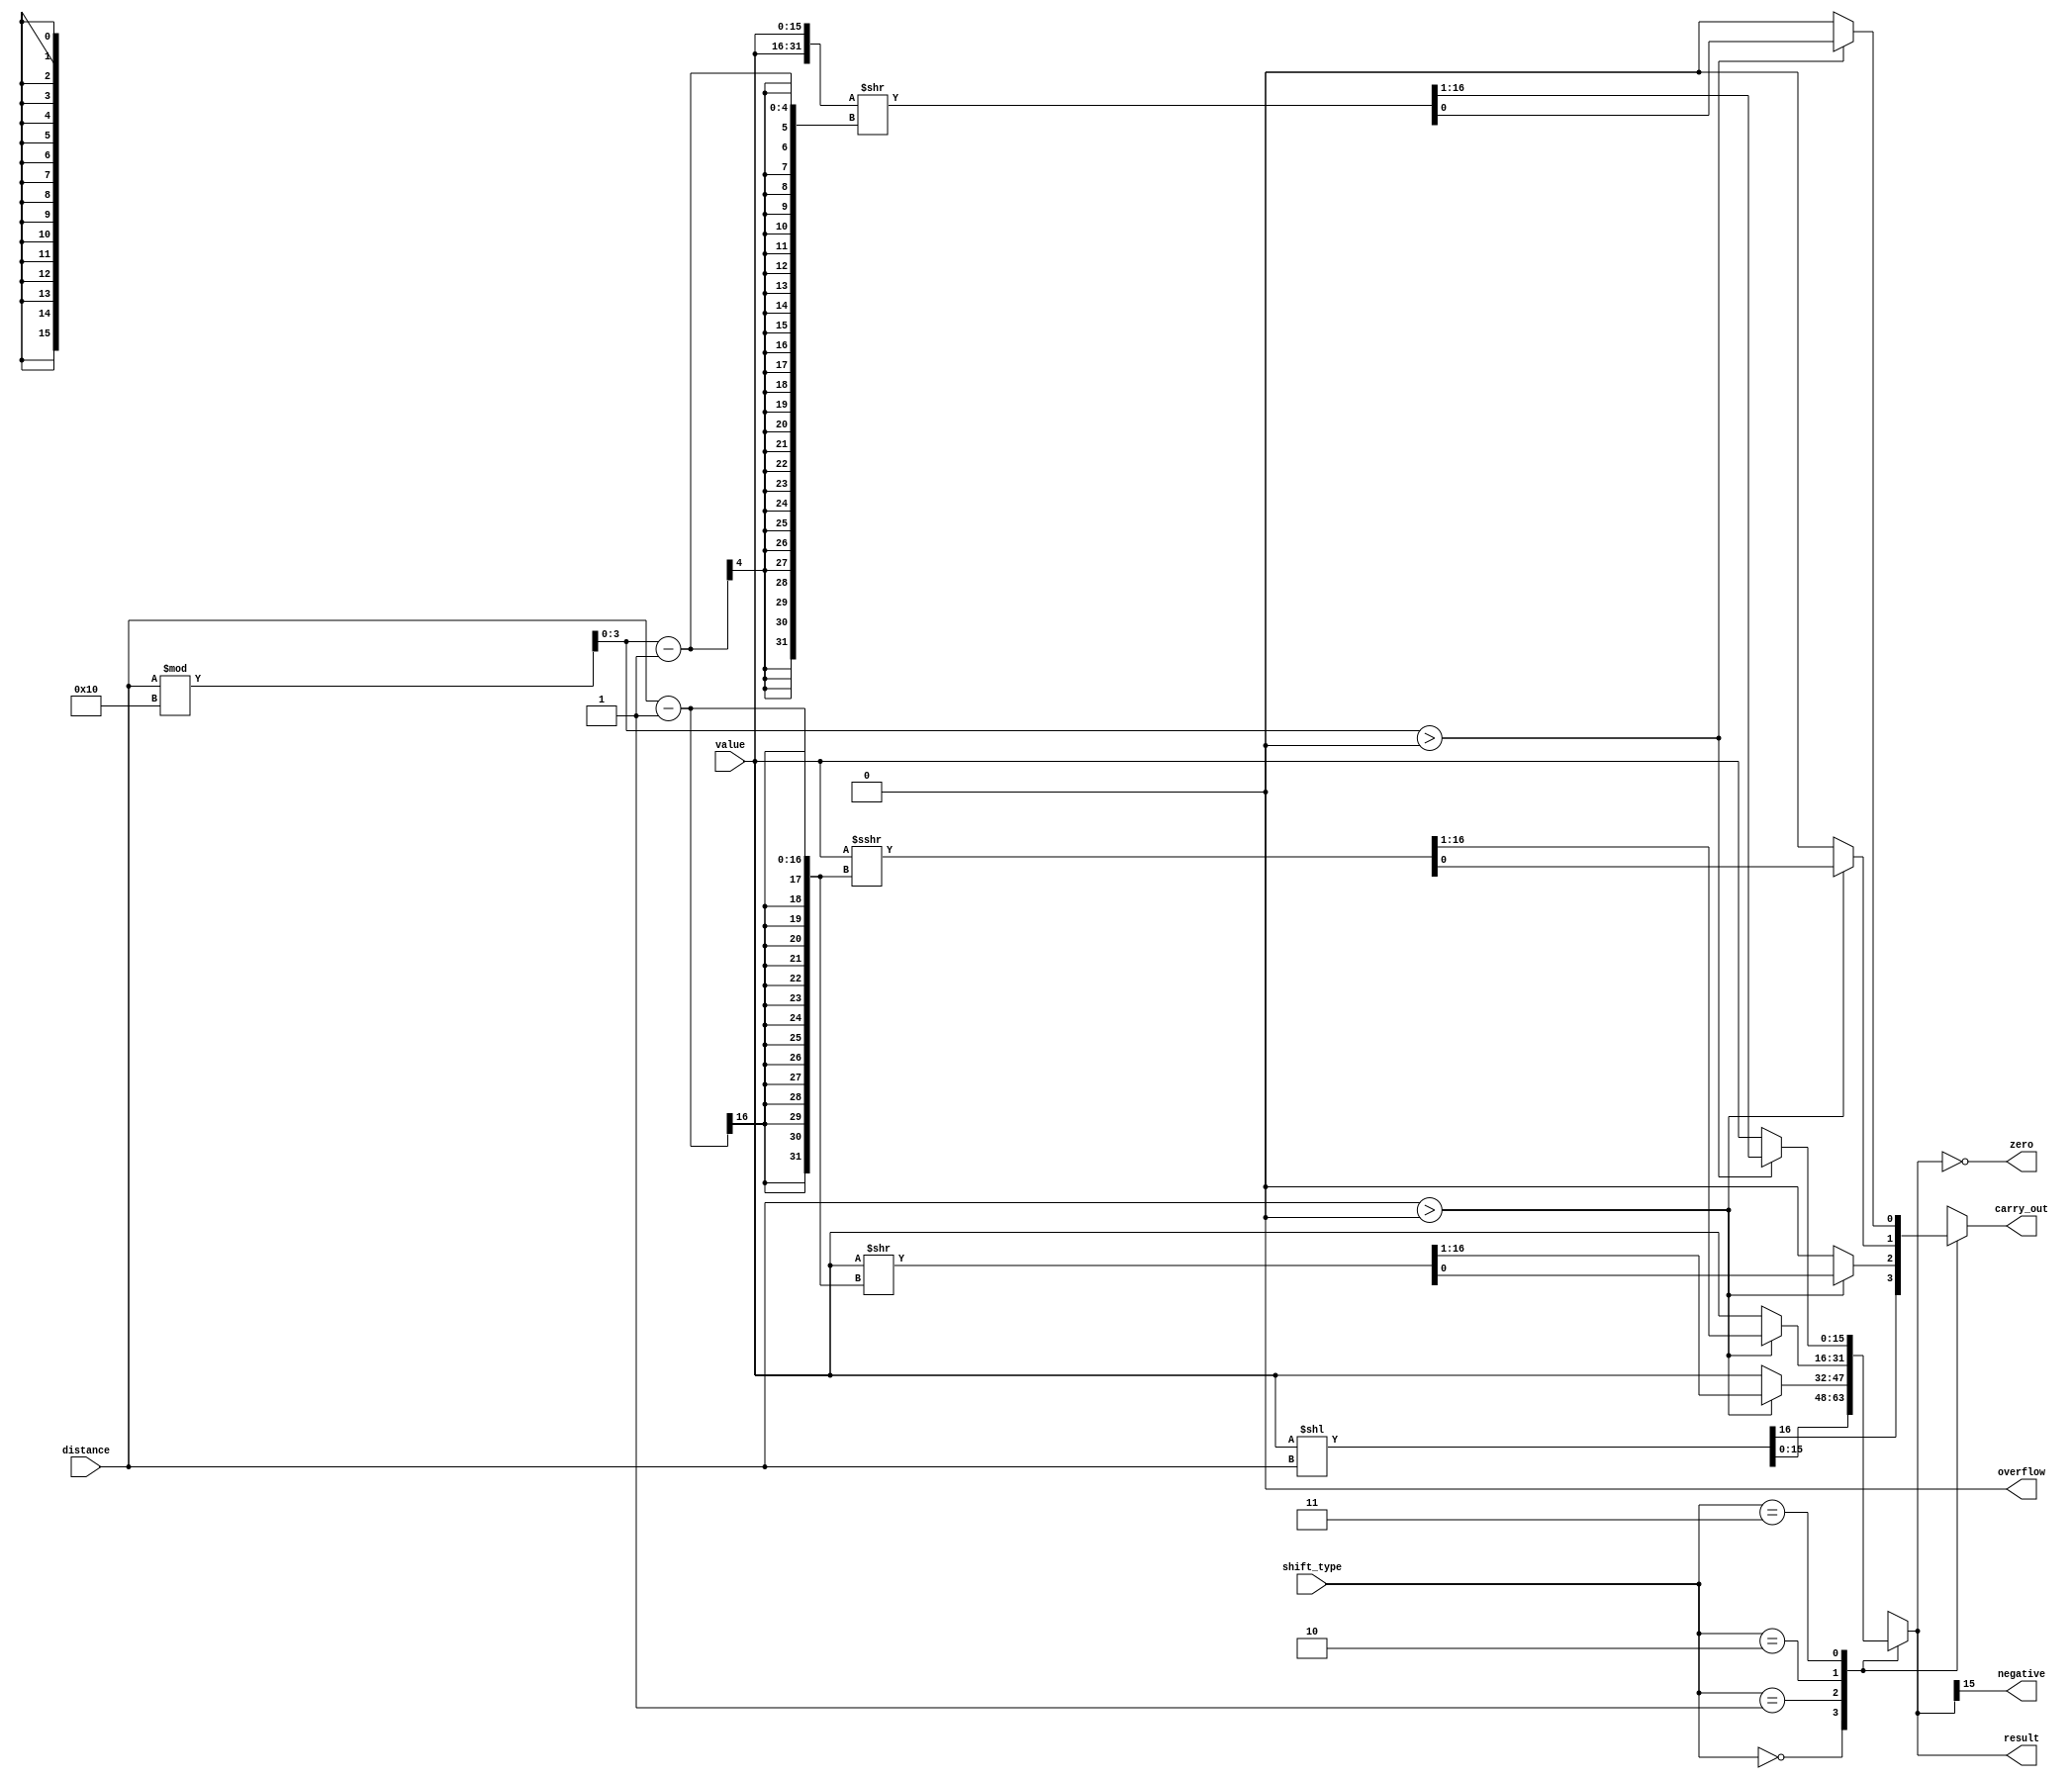
//`timescale 1ns / 1ps
////////////////////////////////////////////////////////////////////////////////////
//// Company: 
//// Engineer: 
//// 
//// Design Name: 
//// Module Name: shifter
//// Project Name: 
//// Target Devices: 
//// Tool Versions: 
//// Description: 
//// 
//// Dependencies: 
//// 
//// Revision:
//// Revision 0.01 - File Created
//// Additional Comments:
//// 
////////////////////////////////////////////////////////////////////////////////////

module shifter (
	input wire [15:0]	value,   //read_data1
  input wire [1:0] shift_type,   //comes from the controller
	input wire [15:0] distance,     //read_data2
	output reg signed [15:0] result,
	output reg carry_out,
	output wire negative,
	output wire zero,
	output wire overflow
	);
	
	wire [31:0] double_value;
	wire [3:0] dist_mod;
	wire signed [15:0] value_rotate;
	
	assign value_rotate = value;
	assign dist_mod = distance % 16;
	assign double_value = {value, value};
	assign negative = result[15];
	assign zero = (result == 0);
	assign overflow = 1'b0;
	
	always @(*) begin
		carry_out = 1'b0;
		result = value;
		case(shift_type)
			2'b00 : begin  
						{carry_out, result} = value << distance;
					end
					
			 2'b01 : begin
							if (distance > 0) begin 
								{result, carry_out} = value >> distance - 1;
							end
						end
			 
			 2'b10 : begin
							if (distance > 0) begin
								{result, carry_out} = value_rotate >>> distance - 1;
							end
						end
						
			 2'b11 : begin
							if (dist_mod > 0) begin
								{result, carry_out} = double_value >> dist_mod - 1;
							end
						end
	  endcase
	end

endmodule